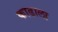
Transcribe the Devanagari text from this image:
काढाला